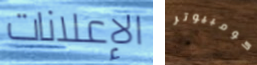
الإعلانات كومبيوتر